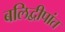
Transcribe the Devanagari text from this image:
बलिद्वीपांत